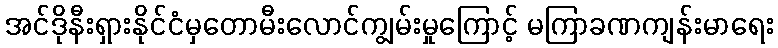
အင်ဒိုနီးရှားနိုင်ငံမှတောမီးလောင်ကျွမ်းမှုကြောင့် မကြာခဏကျန်းမာရေး